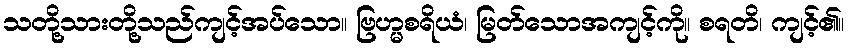
သတို့သားတို့သည်ကျင့်အပ်သော။ ဗြဟ္မစရိယံ၊ မြတ်သောအကျင့်ကို။ စရတိ၊ ကျင့်၏။